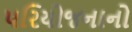
પરિયોજનાનો